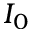
I _ { 0 }